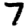
Digit: 7